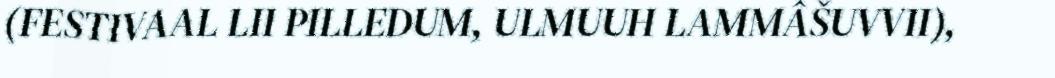
(FESTIVAAL LII PILLEDUM, ULMUUH LAMMÂŠUVVII),